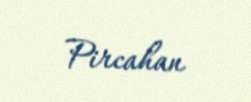
Pircahan